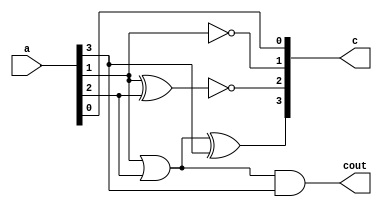
module ADD6(a,c,cout);

input [3:0] a;
output [3:0] c;
output cout;

assign c[0]=a[0],
       c[1]=~a[1],
		 c[2]=~(a[1]^a[2]),
		 c[3]=(a[1]|a[2])^a[3],
		 cout=(a[1]|a[2])&a[3];

endmodule